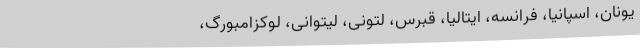
یونان، اسپانیا، فرانسه، ایتالیا، قبرس، لتونی، لیتوانی، لوکزامبورگ،